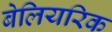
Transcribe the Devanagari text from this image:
बेलियरिक